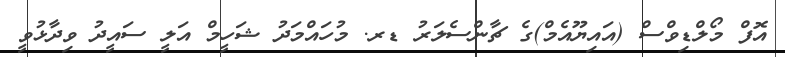
އޮފް މޯލްޑިވްސް (އައިޔޫއެމް)ގެ ޗާންސެލަރު ޑރ. މުހައްމަދު ޝަހީމް އަލީ ސައީދު ވިދާޅުވީ